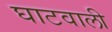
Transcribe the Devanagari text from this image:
घाटवाली